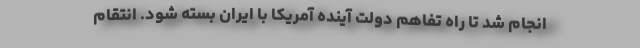
انجام شد تا راه تفاهم دولت آینده آمریکا با ایران بسته شود. انتقام